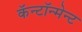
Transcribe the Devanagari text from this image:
कॅन्टॉन्मेन्ट